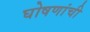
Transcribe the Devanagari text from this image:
घोषणांची